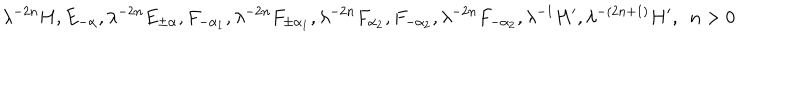
\lambda ^ { - 2 n } H , E _ { - \alpha } , \lambda ^ { - 2 n } E _ { \pm \alpha } , F _ { - \alpha _ { 1 } } , \lambda ^ { - 2 n } F _ { \pm \alpha _ { 1 } } , \lambda ^ { - 2 n } F _ { \alpha _ { 2 } } , F _ { - \alpha _ { 2 } } , \lambda ^ { - 2 n } F _ { - \alpha _ { 2 } } , \lambda ^ { - 1 } H ^ { \prime } , \lambda ^ { - ( 2 n + 1 ) } H ^ { \prime } , ~ ~ n > 0